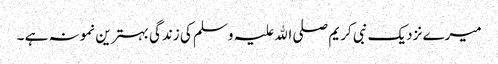
میرے نزدیک نبی کریم صلی اﷲ علیہ وسلم کی زندگی بہترین نمونہ ہے ۔